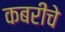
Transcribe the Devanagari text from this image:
कबरीचे